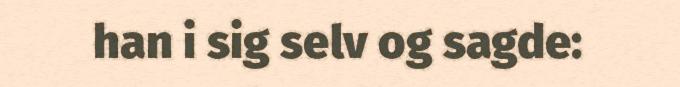
han i sig selv og sagde: